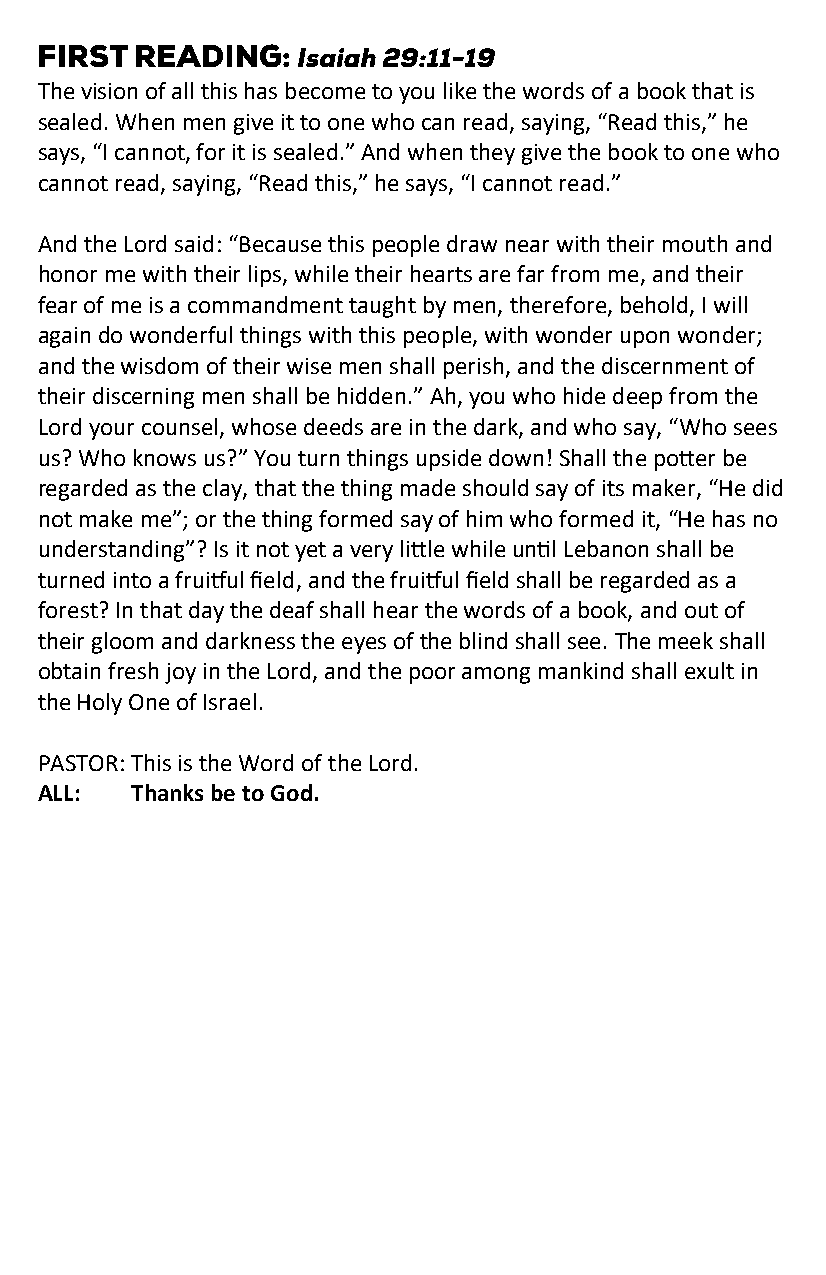
The vision of all this has become to you like the words of a book that is
 sealed. When men give it to one who can read, saying, “Read this,” he
 says, “I cannot, for it is sealed.” And when they give the book to one who
 cannot read, saying, “Read this,” he says, “I cannot read.”
 And the Lord said: “Because this people draw near with their mouth and
 honor me with their lips, while their hearts are far from me, and their
 fear of me is a commandment taught by men, therefore, behold, I will
 again do wonderful things with this people, with wonder upon wonder;
 and the wisdom of their wise men shall perish, and the discernment of
 their discerning men shall be hidden.” Ah, you who hide deep from the
 Lord your counsel, whose deeds are in the dark, and who say, “Who sees
 us? Who knows us?” You turn things upside down! Shall the potter be
 regarded as the clay, that the thing made should say of its maker, “He did
 not make me”; or the thing formed say of him who formed it, “He has no
 understanding”? Is it not yet a very little while until Lebanon shall be
 turned into a fruitful field, and the fruitful field shall be regarded as a
 forest? In that day the deaf shall hear the words of a book, and out of
 their gloom and darkness the eyes of the blind shall see. The meek shall
 obtain fresh joy in the Lord, and the poor among mankind shall exult in
 the Holy One of Israel.
 PASTOR: This is the Word of the Lord.
 ALL:   Thanks be to God.